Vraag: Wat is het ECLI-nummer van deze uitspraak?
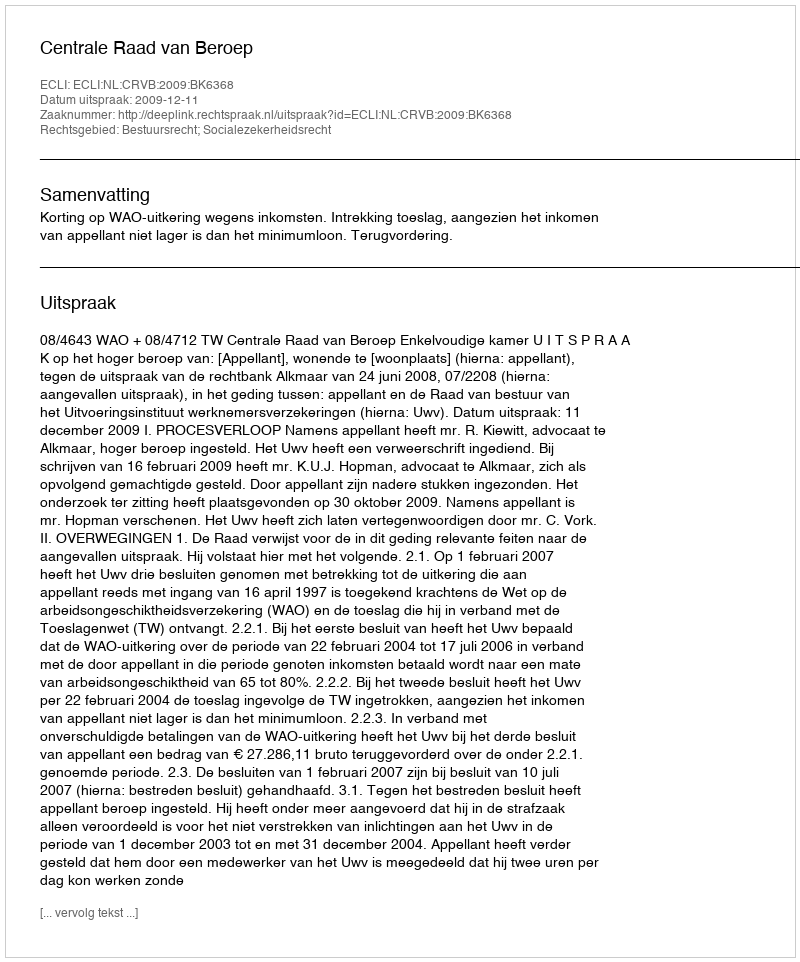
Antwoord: ECLI:NL:CRVB:2009:BK6368